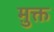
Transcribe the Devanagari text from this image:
मु़क्त